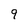
Character: 9